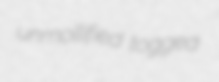
unmollified togged